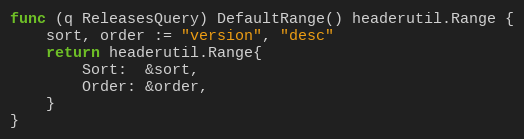
Language: Go
func (q ReleasesQuery) DefaultRange() headerutil.Range {
	sort, order := "version", "desc"
	return headerutil.Range{
		Sort:  &sort,
		Order: &order,
	}
}